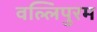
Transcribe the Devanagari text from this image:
वल्लिपुरम